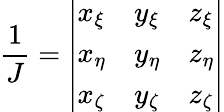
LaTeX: \frac{1}{J}=\left|\begin{array}{lll}{x_{\xi}}&{y_{\xi}}&{z_{\xi}}\\ {x_{\eta}}&{y_{\eta}}&{z_{\eta}}\\ {x_{\zeta}}&{y_{\zeta}}&{z_{\zeta}}\end{array}\right|